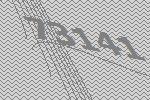
73141